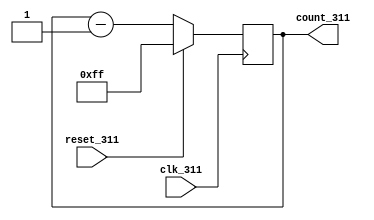
`timescale 1ns / 1ps
//////////////////////////////////////////////////////////////////////////////////
// Company: 
// Engineer: 
// 
// Design Name: 
// Module Name:    down_counter_311 
// Project Name: 
// Target Devices: 
// Tool versions: 
// Description: 
//
// Dependencies: 
//
// Revision: 
// Revision 0.01 - File Created
// Additional Comments: 
//
//////////////////////////////////////////////////////////////////////////////////
module down_counter_311(
    output reg [7:0] count_311,
    input clk_311,
    input reset_311
    );
always@(negedge clk_311)
		begin
			if(reset_311==1)
				count_311=255;
			else
				count_311=(count_311)-1;
		end
endmodule